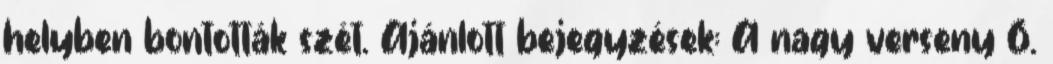
helyben bontották szét. Ajánlott bejegyzések: A nagy verseny 6.